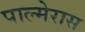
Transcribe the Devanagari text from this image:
पाल्मेरास